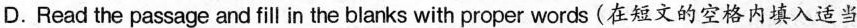
D.Read the passage and fill in the blanks with proper words (在短文的空格内填入适当